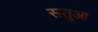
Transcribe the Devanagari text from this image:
सतुआ